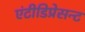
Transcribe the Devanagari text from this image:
एंटीडिप्रेसन्ट